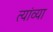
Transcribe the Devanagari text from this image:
त्यांव्या